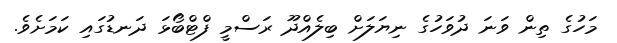
މަހުގެ ތިން ވަނަ ދުވަހުގެ ނިޔަލަށް ބިލެއްދޫ ރަސްމީ ފްޓްބޯޅަ ދަނޑުގައި ކަމަށެވެ.